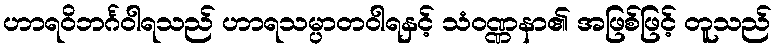
ဟာရဝိဘင်္ဂဝါရသည် ဟာရသမ္ပာတဝါရနှင့် သံဝဏ္ဏနာ၏ အဖြစ်ဖြင့် တူသည်